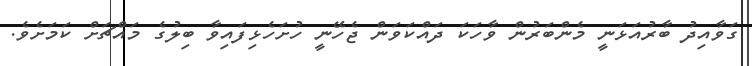
ގަވާއިދު ބާރުއަޅަނީ މެންބަރުން ވާހަކަ ދައްކަވަން ޖެހޭނީ ހުށަހެޅިފައިވާ ބިލުގެ މައްޗަށް ކަމަށެވެ.